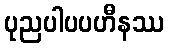
ပုညပါပပဟီနဿ